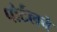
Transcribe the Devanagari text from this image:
पोर्टलचे